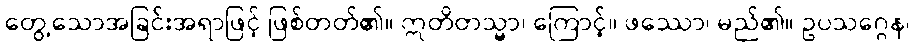
တွေ့သောအခြင်းအရာဖြင့် ဖြစ်တတ်၏။ ဣတိတသ္မာ၊ ကြောင့်။ ဖဿော၊ မည်၏။ ဥပသဂ္ဂေန၊